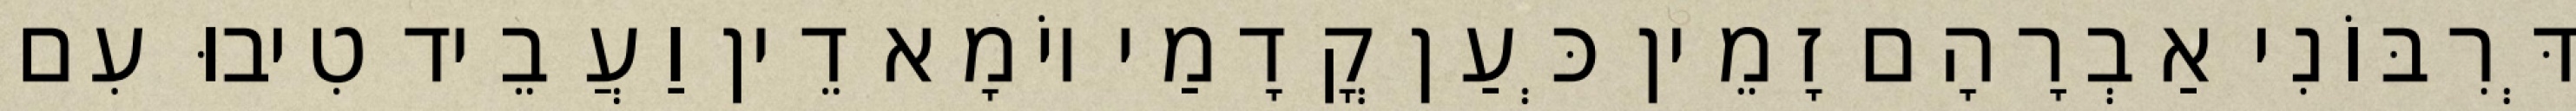
דְּרִבּוֹנִי אַבְרָהָם זָמֵין כְּעַן קֳדָמַי יוֹמָא דֵין וַעֲבֵיד טִיבוּ עִם